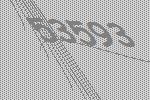
53593